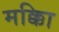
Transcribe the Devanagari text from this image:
मक्काि